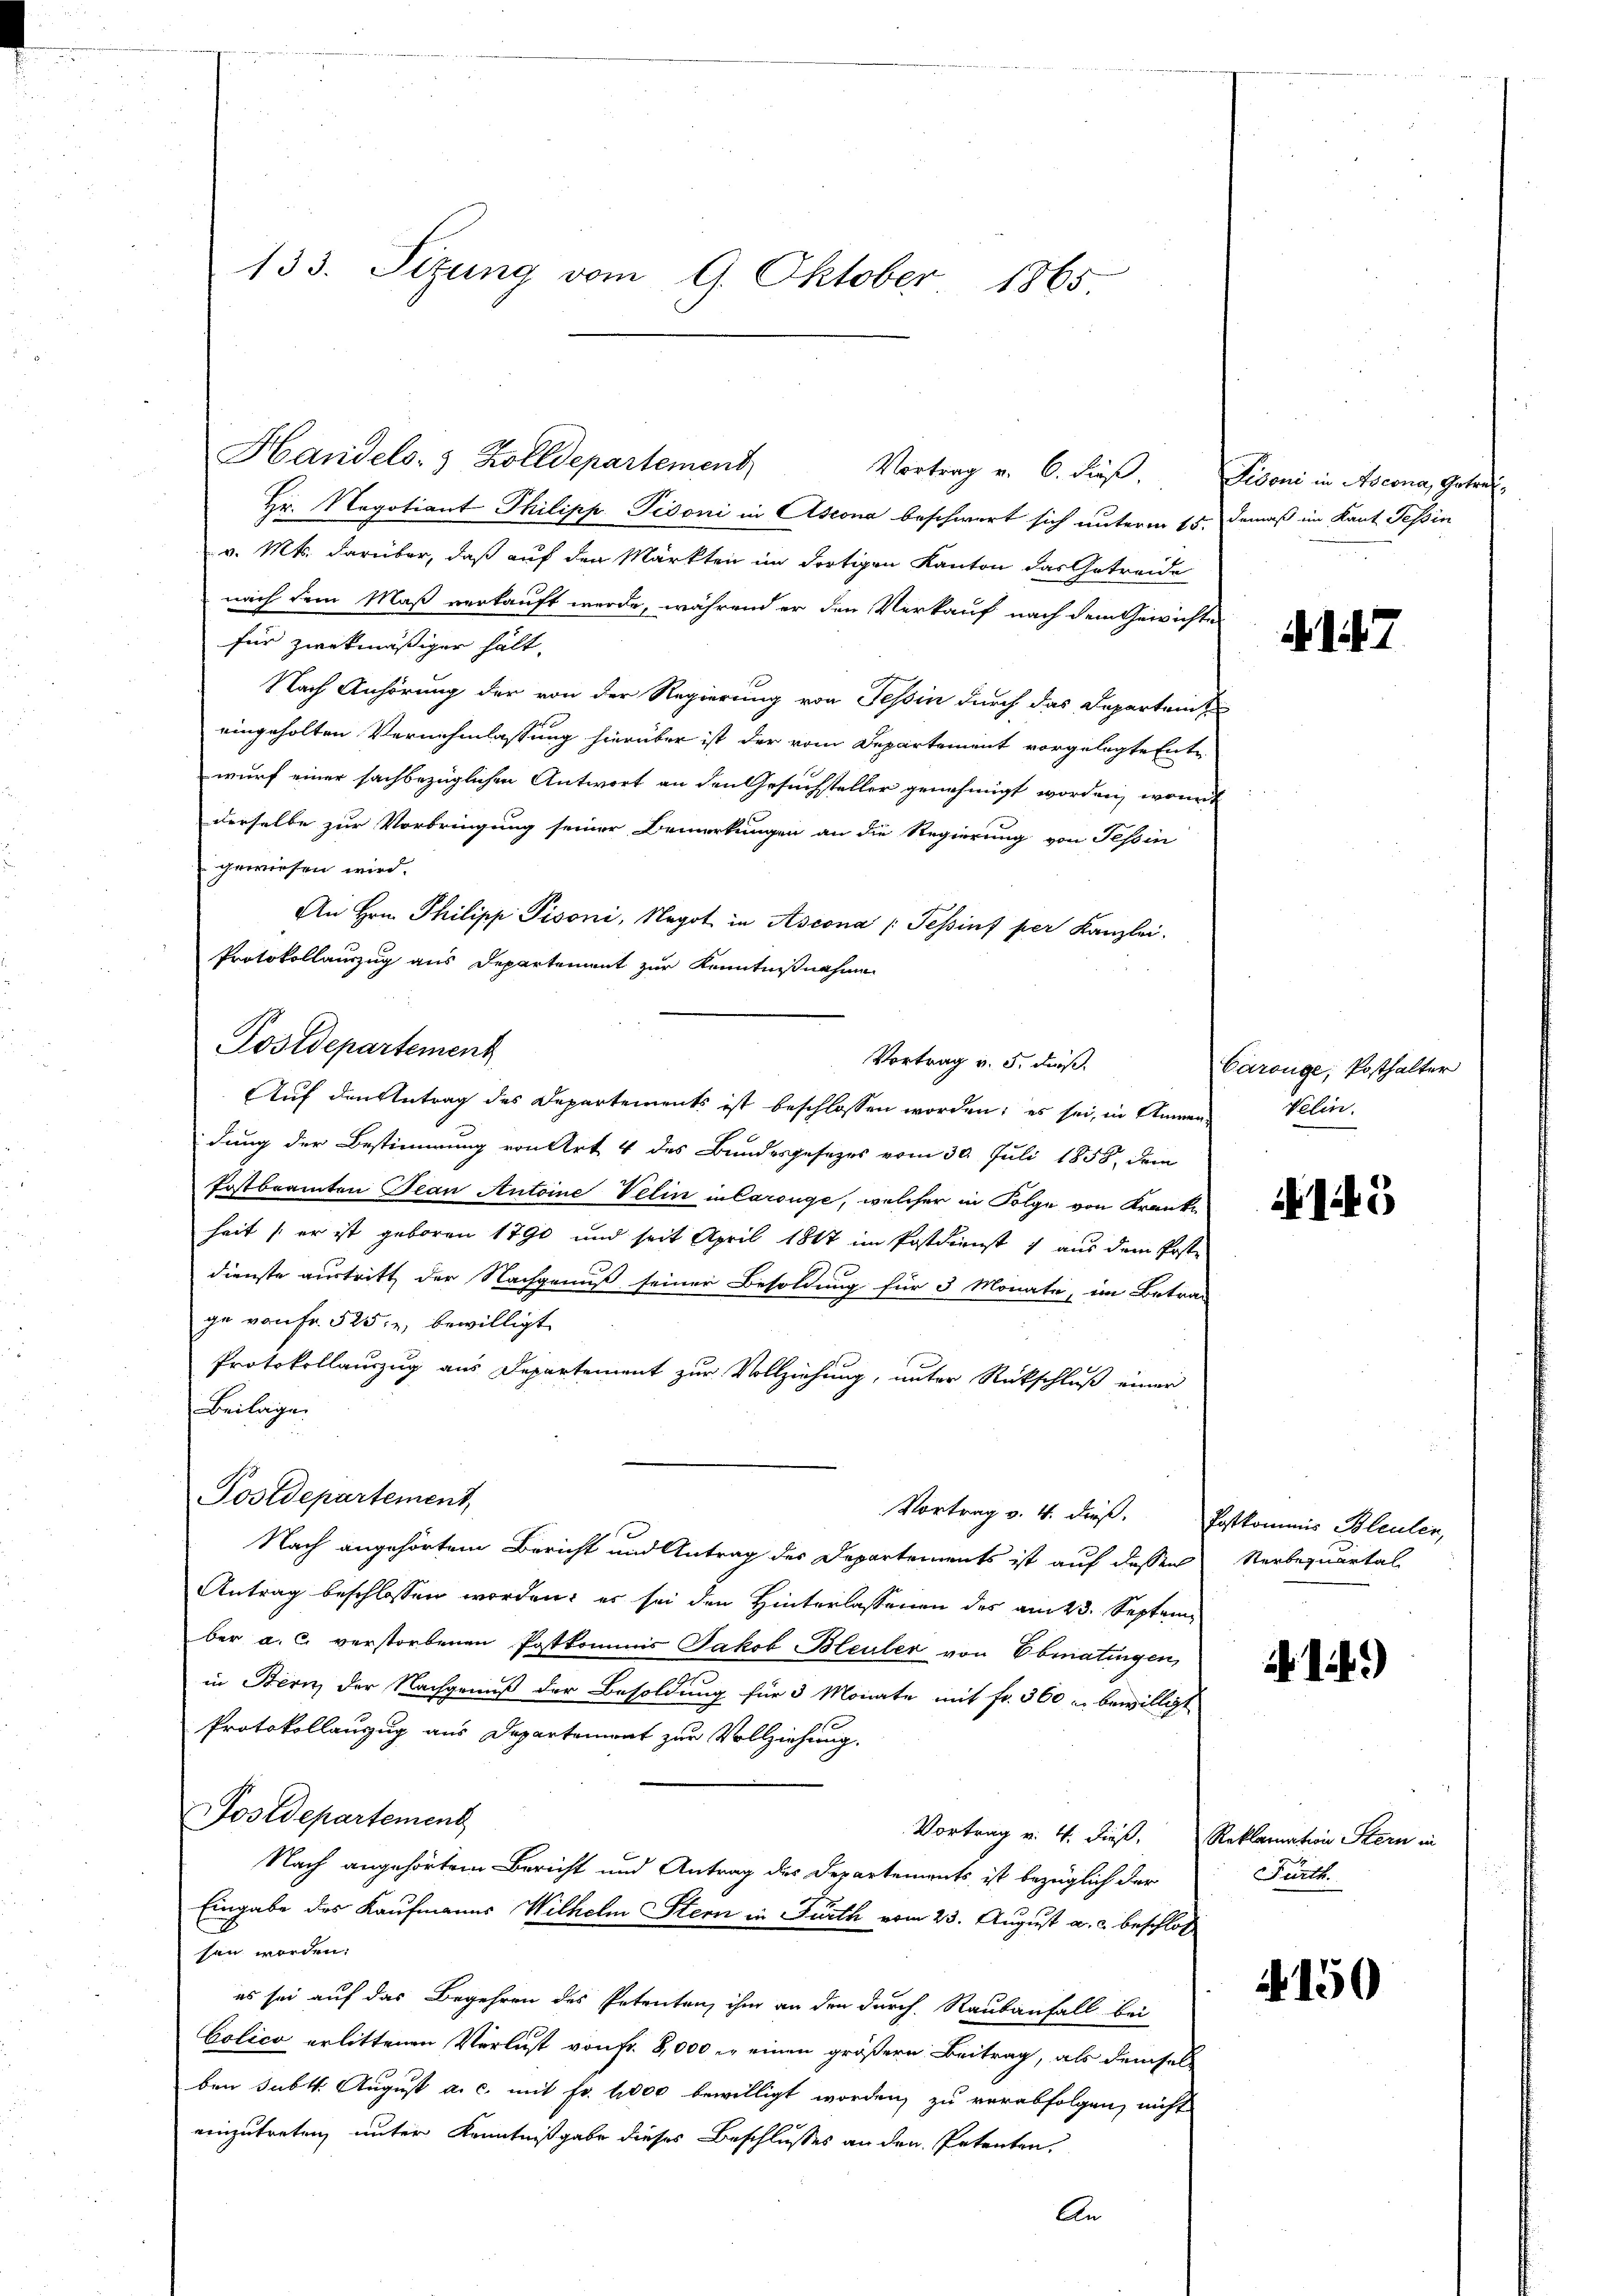
133. Sitzung vom 9. Oktober 1865.

Handels- & Zolldepartement
Hr. Negotiant Thilipp Tidoni in Ascona beschwert sich unterm 15.
v. Mts. darüber, daß auf den Märkten im dortigen Kanton das Getreide
nach dem Maß verkauft werde, während er den Verkauf nach dem Gewichte
für zwekmäßiger hält,
Nach Anhörung der von der Regierung von Tessin durch das Departem
eingeholten Vernehmlassung hierüber ist der vom Departement vorgelegte Ent-
wurf einer sachbezüglichen Antwort an den Gesuchsteller genehmigt worden, worderselbe zur Vorbringung seiner Bemerkungen an die Regierung von Tessin
gewiesen wird.
An Hrn. Philipp Pisoni, Negot in Ascona (Tessinf per Kanzlei.
Protokollauszug aus Departement zur Kenntnißnahme
Auf den Antrag des Departements ist beschlossen worden; es sei, in Anwendung der Bestimmung von Art. 4 des Bundesgesezes vom 30. Juli 1858, dem
Postbeamten Jean Antoine Velin in Carouge, welcher in Folge von Kranke
heit (er ist geboren 1790 und seit April 1847 im Postdienst aus dem Poste
dienste austritt der Nachgenuß seiner Besoldung für 3 Monate, im Betrag
ge von Fr. 525. u bewilligt.
Protokollauszug aus Departement zur Vollziehung, unter Rückschluß einer
Beilage
Postdepartement,
Vortrag v. 4. dieß. Postkommis Bleulen,
Nach angehörtem Bericht und Antrag des Departements ist auf dessen
Antrag beschlossen worden; es sei den Hinterlassenen des am 23. September a. c. verstorbenen Postkommis Jakob Bleuler von Ebmatingen,
in Bern der Nachgenuß der Besoldung für 3 Monate mit Fr. 360 u. bewilligt
Protokollanzug aus Departement zur Vollziehung.
Postdepartement
Vortrag v. 4. dieß, Reklamation Stern in
Nach angehörtem Bericht und Antrag des Departements ist bezüglich der
Eingabe des Kaufmanns Wilhelm Stern in Fürth vom 23. August a. c. beschloß
sen worden:
es sei auf das Begehren des Petenten, ihm an den durch Raubanfall bei
Colico erlittenen Verlust von Fr. 8,000 M. einen größere Beitrag, als demsel
ben sub. August a. c. mit Fr. 1000 bewilligt worden, zu verabfolgen, nicht
einzutreten, unter Kenntnißgabe dieses Beschlusses an den Petenten,
An

Postdepartement
Vortrag v. 5. Fuß.

Vortrag v. 6. dieß.

Fiboni in Ascona, Getrefdemäß im Kant Tessin

2

Carouge, Posthalter
Velin.

15

Sterbequartal

b.)

Fürth

150